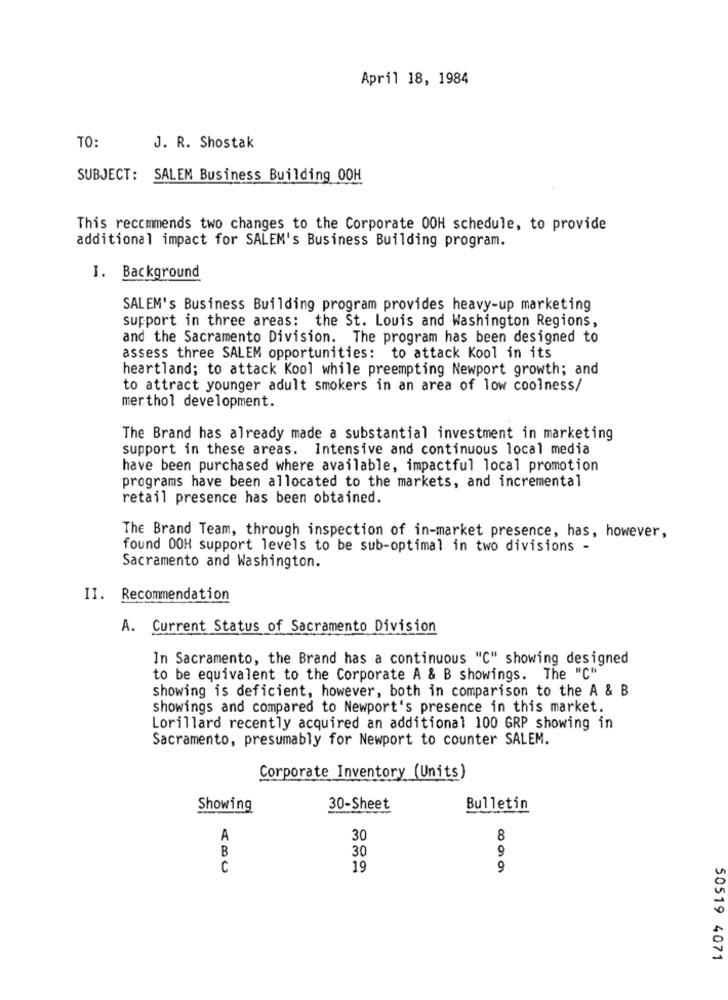
April 18, 1984
TO:
J. R. Shostak
SUBJECT: SALEM Business Building 00H
This recommends two changes to the Corporate 00H schedule, to provide
additional impact for SALEM's Business Building program.
I. Background
SALEM's Business Building program provides heavy-up marketing
support in three areas: the St. Louis and Washington Regions,
and the Sacramento Division. The program has been designed to
assess three SALEM opportunities: to attack Kool in its
heartland; to attack Kool while preempting Newport growth; and
to attract younger adult smokers in an area of low coolness/
merthol development.
The Brand has already made a substantial investment in marketing
support in these areas. Intensive and continuous local media
have been purchased where available, impactful local promotion
programs have been allocated to the markets, and incremental
retail presence has been obtained.
The Brand Team, through inspection of in-market presence, has, however,
found 00H support levels to be sub-optimal in two divisions -
Sacramento and Washington.
II. Recommendation
A. Current Status of Sacramento Division
In Sacramento, the Brand has a continuous "C" showing designed
to be equivalent to the Corporate A & B showings. The "C"
showing is deficient, however, both in comparison to the A & B
showings and compared to Newport's presence in this market.
Lorillard recently acquired an additional 100 GRP showing in
Sacramento, presumably for Newport to counter SALEM.
Corporate Inventory (Units)
Showing
30-Sheet
Bulletin
A
30
8
B
30
9
C
19
9
50519 4071